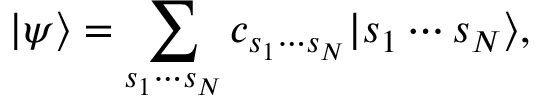
| \psi \rangle = \sum _ { s _ { 1 } \cdots s _ { N } } c _ { s _ { 1 } \cdots s _ { N } } | s _ { 1 } \cdots s _ { N } \rangle ,